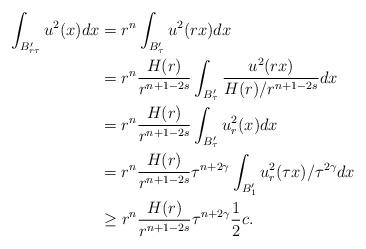
LaTeX: \begin{align*}\int_{B_{r\tau }'}u^2(x)dx&=r^n\int_{B_{\tau}'}u^2(rx)dx\\&=r^n\frac{H(r)}{r^{n+1-2s}}\int_{B'_\tau}\frac{u^2(rx)}{H(r)/r^{n+1-2s}}dx\\&=r^n\frac{H(r)}{r^{n+1-2s}}\int_{B'_\tau}u^2_r(x)dx\\&=r^n\frac{H(r)}{r^{n+1-2s}}\tau^{n+2\gamma}\int_{B_1'}u^2_r(\tau x)/\tau^{2\gamma}dx\\&\ge r^n\frac{H(r)}{r^{n+1-2s}}\tau^{n+2\gamma}\frac{1}{2}c.\end{align*}